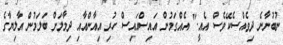
ނުބުނާނެ ދިވެއްސެކޭވެސް އެއީ." އެއްގަމުން އައިސްއައިސް ހުރި އިއާންއާއި ދިމާލަށް ބަލަމުން އާލިޔާގެ